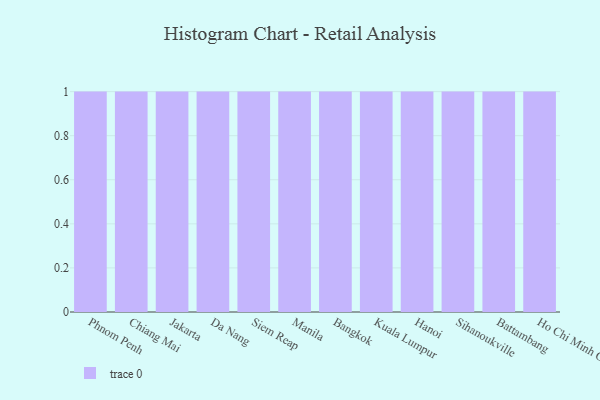
{"axis": {"x": "City", "y": "Backlog"}, "legend": [""], "data": [{"x": "Phnom Penh", "y": 52, "type": ""}, {"x": "Chiang Mai", "y": 15, "type": ""}, {"x": "Jakarta", "y": 98, "type": ""}, {"x": "Da Nang", "y": 49, "type": ""}, {"x": "Siem Reap", "y": 21, "type": ""}, {"x": "Manila", "y": 74, "type": ""}, {"x": "Bangkok", "y": 92, "type": ""}, {"x": "Kuala Lumpur", "y": 36, "type": ""}, {"x": "Hanoi", "y": 65, "type": ""}, {"x": "Sihanoukville", "y": 60, "type": ""}, {"x": "Battambang", "y": 39, "type": ""}, {"x": "Ho Chi Minh City", "y": 67, "type": ""}]}